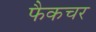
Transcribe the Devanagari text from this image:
फैकचर